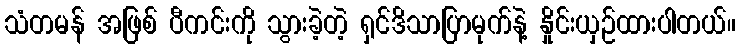
သံတမန် အဖြစ် ပီကင်းကို သွားခဲ့တဲ့ ရှင်ဒိသာပြာမုက်နဲ့ နှိုင်းယှဉ်ထားပါတယ်။